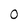
Character: 0